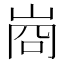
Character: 𭖣